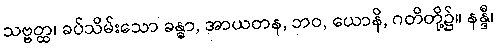
သဗ္ဗတ္ထ၊ ခပ်သိမ်းသော ခန္ဓာ, အာယတန, ဘဝ, ယောနိ, ဂတိတို့၌။ နန္ဒီ၊